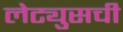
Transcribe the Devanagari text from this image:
लेट्युसची